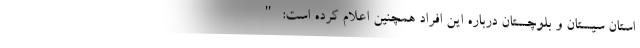
استان سیستان و بلوچستان درباره این افراد همچنین اعلام کرده است: "